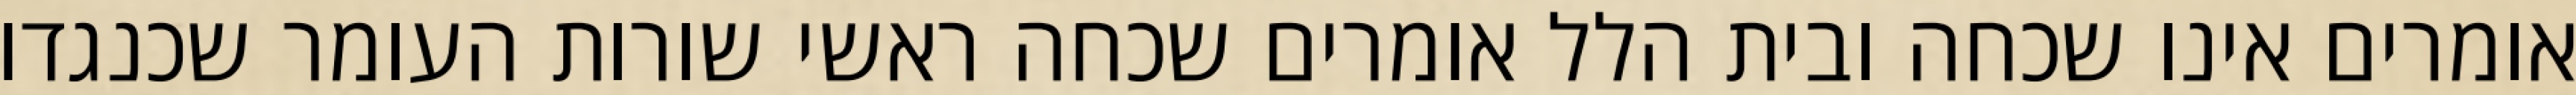
אומרים אינו שכחה ובית הלל אומרים שכחה ראשי שורות העומר שכנגדו